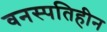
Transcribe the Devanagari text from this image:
वनस्‍पतिहीन